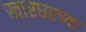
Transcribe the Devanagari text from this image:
खारघरच्या